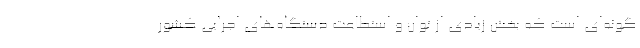
گونه‌ای است که بخش زیادی از توان و استطاعت دستگاه‌های اجرایی کشور